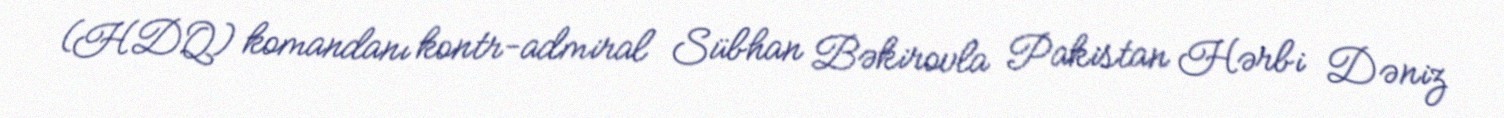
(HDQ) komandanı kontr-admiral Sübhan Bəkirovla Pakistan Hərbi Dəniz